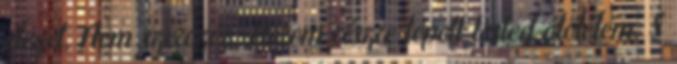
eleget, Nem szorozva, Három részre tépett tested átölelem. S